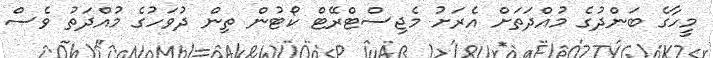
މީހާގެ ބަންދުގެ މުއްދަތަށް އެރަށު މެޖިސްޓްރޭޓް ކޯޓުން ތިން ދުވަހުގެ މުއްދަތު ވެސް